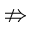
\nRightarrow